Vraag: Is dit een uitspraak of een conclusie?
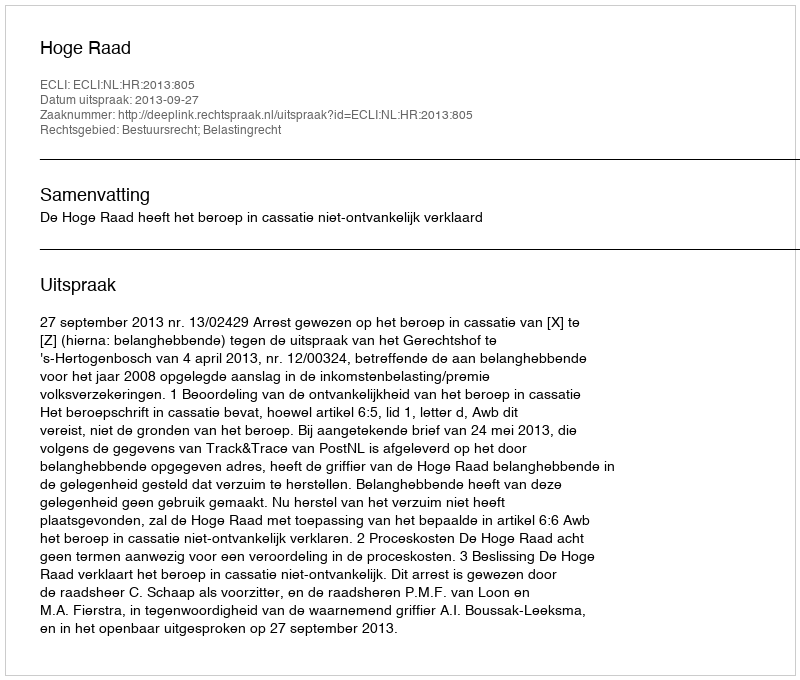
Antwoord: Uitspraak